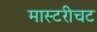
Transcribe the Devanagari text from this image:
मास्टरीचट